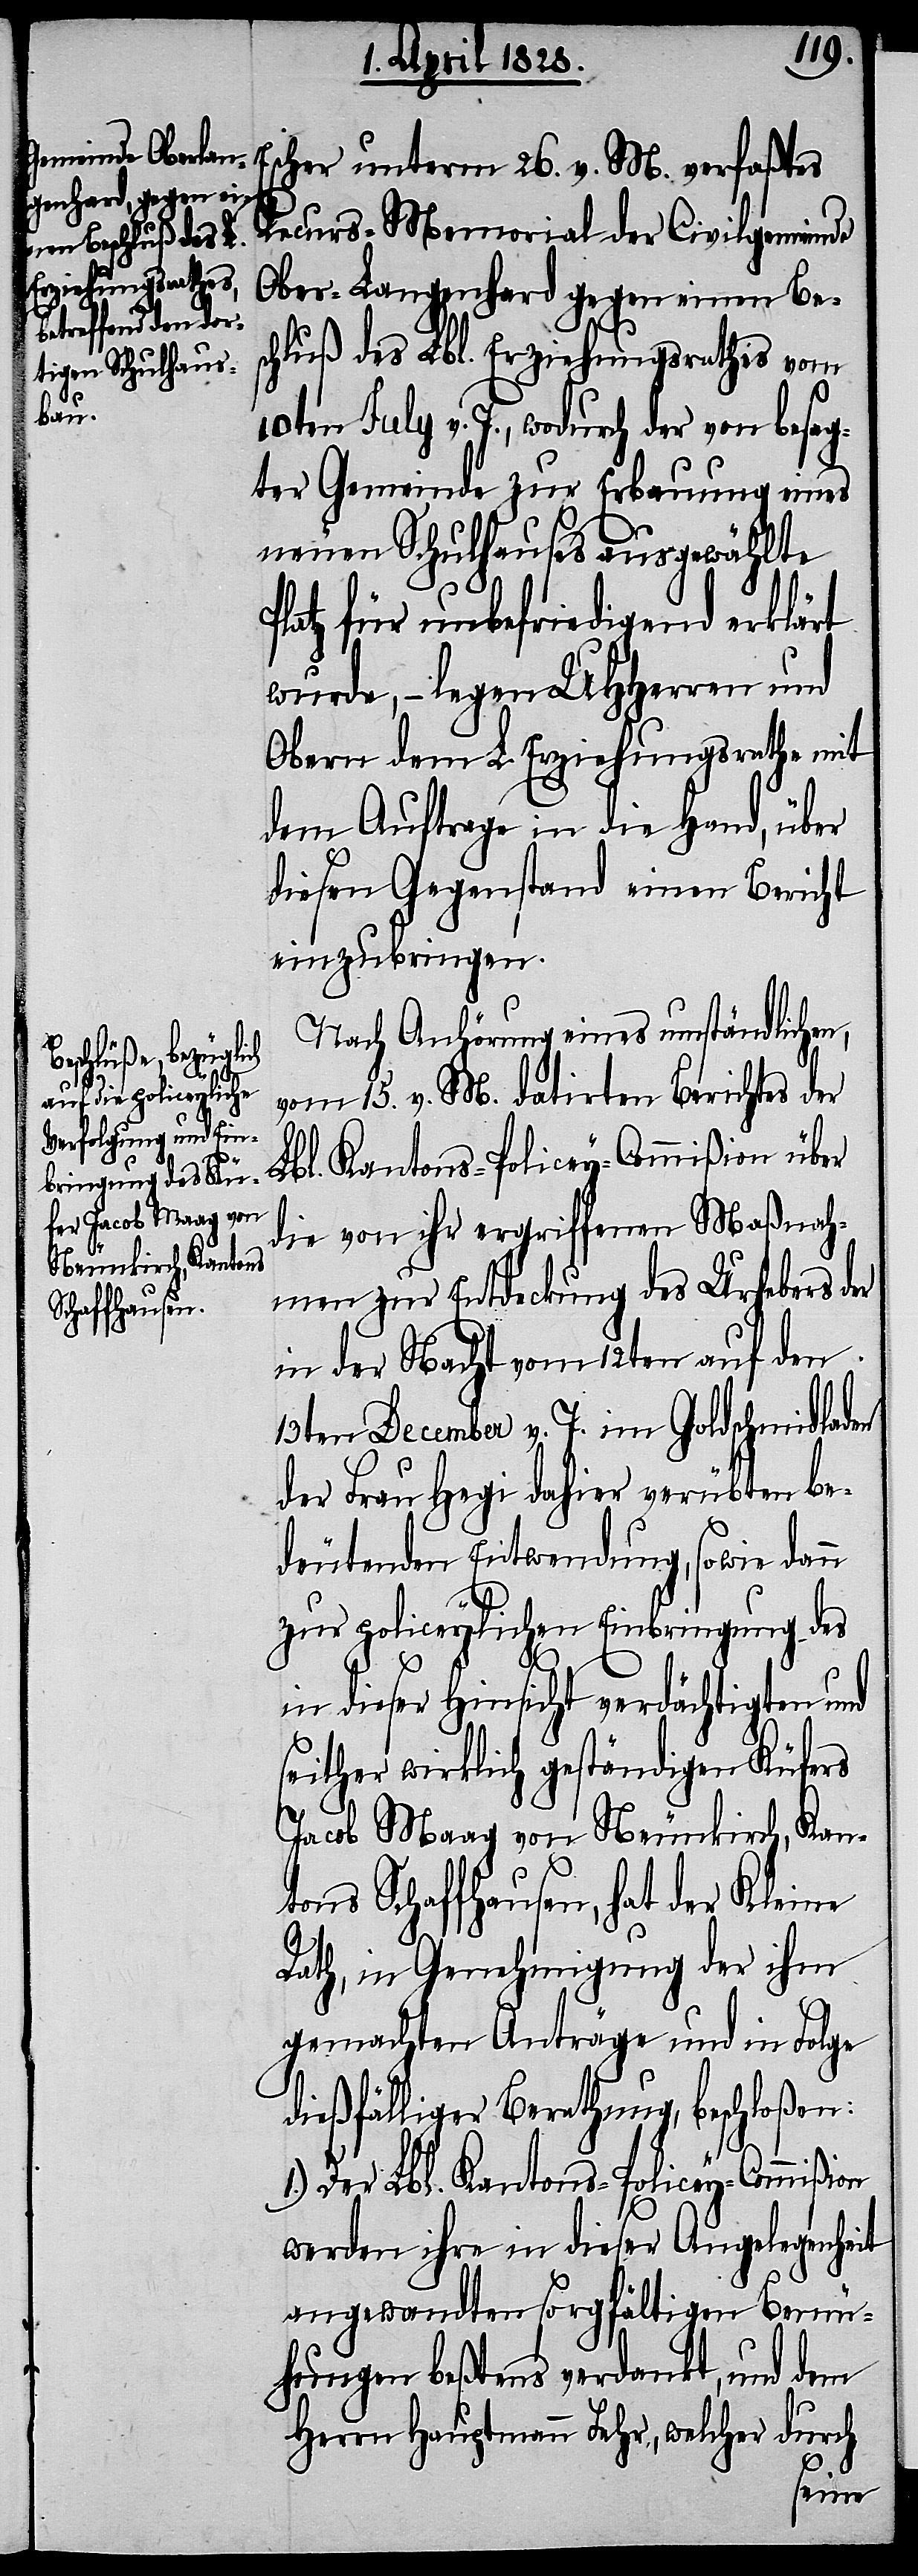
Recurs-Memorial der Civilgemeinde
Ober-Langenhard gegen einen Be¬
schluß des Lbl. Erziehungsrathes vom
10ten July v. J., wodurch der von besag¬
ter Gemeinde zur Erbauung eines
neuen Schulhauses ausgewählte
Platz für unbefriedigend erklärt
wurde, – legen UHHerren und
Obern dem L. Erziehungsrathe mit
dem Auftrage in die Hand, über
diesen Gegenstand einen Bericht
einzubringen.
Nach Anhörung eines umständlichen,
on
vom 15. v. M. datirten Berichtes der
Lbl. Kantons-Policey-Commißion über
die von ihr ergriffenen Maßnah¬
men zur Entdeckung des Urhebers der
in der Nacht vom 12ten auf den
13ten December v. J. im Goldschmidladen
der Frau Hegi dahier verübten be¬
deutenden Entwendung, so wie dann
M.
zur policeylichen Einbringung des
in dieser Hinsicht verdächtigten und
seither wirklich geständigen Küfers
Jacob Maag von Neunkirch, Kan¬
tons Schaffhausen, hat der Kleine
Rath, in Genehmigung der ihm
gemachten Anträge und in Folge
dießfälliger Berathung, beschloßen:
1.) Der Lbl. Kantons-Policey-Commißi¬
werden ihre in dieser Angelegenheit
angewandten sorgfältigen Bemü¬
hungen beßtens verdankt, und dem
Herrn Hauptmann Fehr, welcher durch